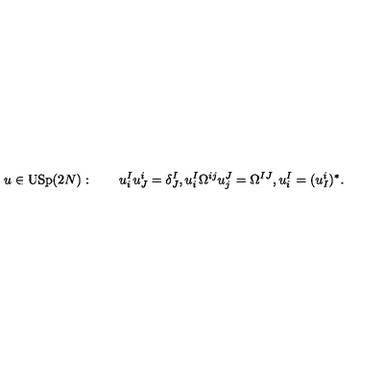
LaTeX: u \in \mathrm { U S p } ( 2 N ) : \qquad u _ { i } ^ { I } u _ { J } ^ { i } = \delta _ { J } ^ { I } , u _ { i } ^ { I } \Omega ^ { i j } u _ { j } ^ { J } = \Omega ^ { I J } , u _ { i } ^ { I } = ( u _ { I } ^ { i } ) ^ { * } .